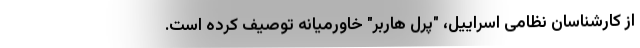
از کارشناسان نظامی اسراییل، "پرل هاربر" خاورمیانه توصیف کرده است.